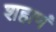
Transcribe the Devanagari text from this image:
शहाणं